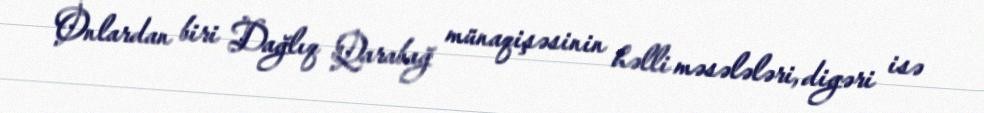
Onlardan biri Dağlıq Qarabağ münaqişəsinin həlli məsələləri, digəri isə